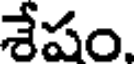
శేషం.